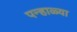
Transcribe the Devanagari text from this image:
पन्हाळ्या